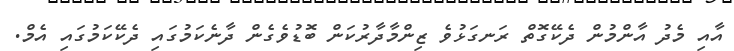
އާއި މެދު އާންމުން ދެކޭގޮތް ރަނގަޅުވެ ޒިންމާދާރުކަން ބޮޑުވެގެން ދާނެކަމުގައި ދެކޭކަމުގައި އެމް.